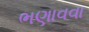
ભણાવવા